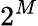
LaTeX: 2^{M}